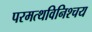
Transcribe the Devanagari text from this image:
परमत्थविनिश्चय